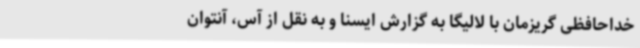
خداحافظی گریزمان با لالیگا به گزارش ایسنا و به نقل از آس، آنتوان